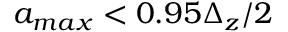
a _ { m a x } < 0 . 9 5 \Delta _ { z } / 2